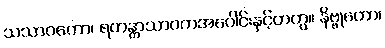
သသာဝကော၊ ရဟန္တာသာဝကအပေါင်းနှင့်တကွ။ နိဗ္ဗုတော၊